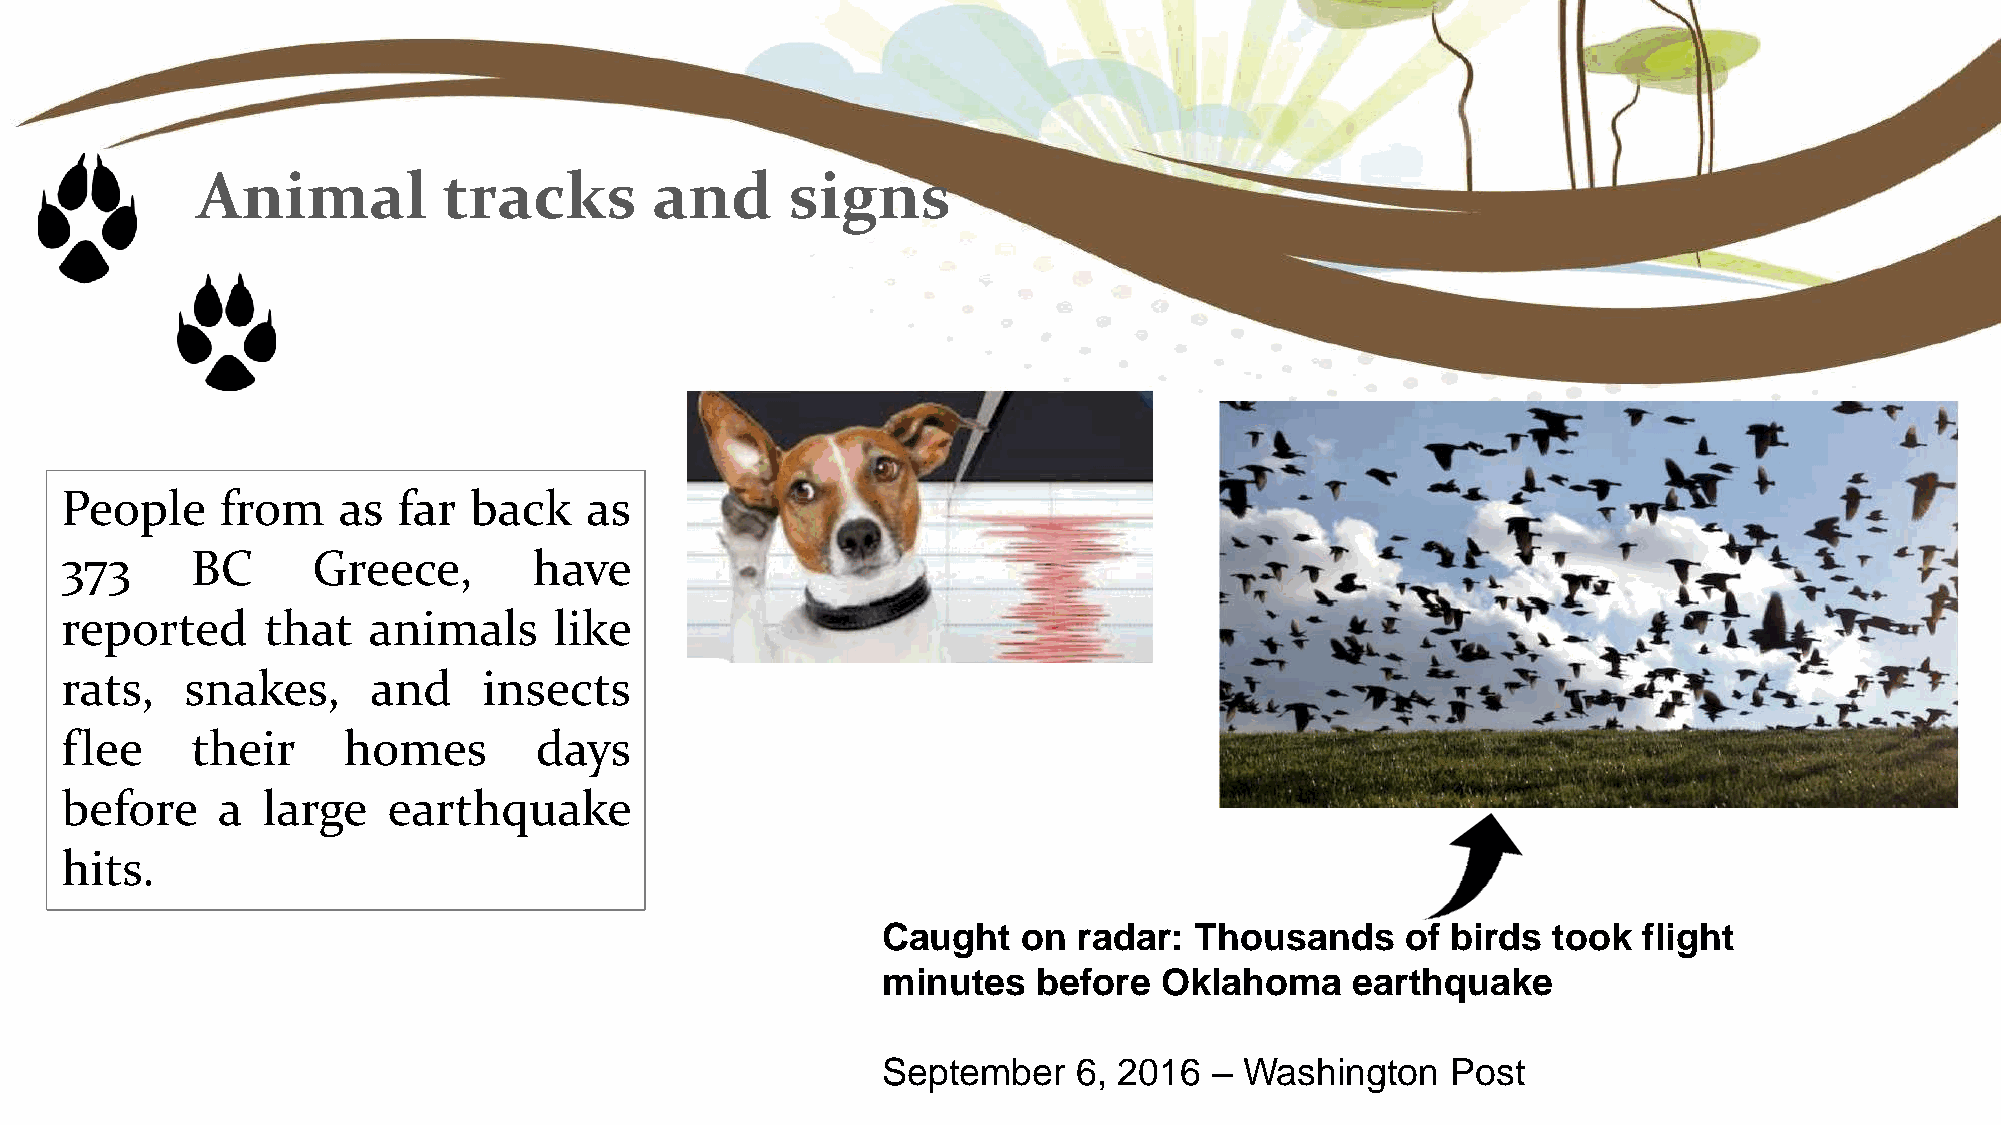
Animal          tracks        and      signs
 People     from   as  far  back    as
 373      BC      Greece,       have
 reported      that  animals      like
 rats,   snakes,      and    insects
 flee     their     homes       days
 before    a  large    earthquake
 hits.
 Caught    on radar:  Thousands     of birds  took  flight
 minutes    before  Oklahoma     earthquake
 September    6, 2016  – Washington    Post